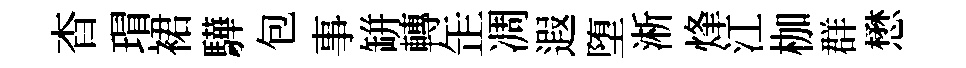
杳瑁裙驊包事缾轉𦈢凋遐堕淅烽江枷群懋